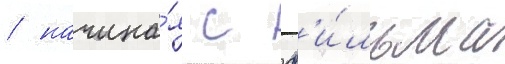
/ начина́я с ф'и́льма